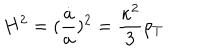
LaTeX: H ^ { 2 } = ( \frac { \dot { a } } { a } ) ^ { 2 } = \frac { \kappa ^ { 2 } } { 3 } \rho _ { T }